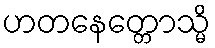
ဟတနေတ္တောသ္မိ